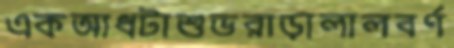
একআধটাশুভরাড়ালালবর্ণ